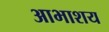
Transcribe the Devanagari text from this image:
आभाशय